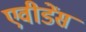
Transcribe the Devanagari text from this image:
एवीडेंस